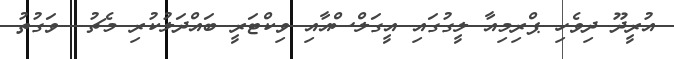
އުރީދޫ ދިވެހި ޕްރިމިއާ ލީގުގައި އީގަލްސްއާއި ވިކްޓަރީ ބައްދަލުކުރި މެޗު  ވަގުތު